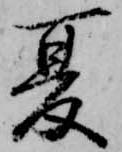
夏